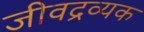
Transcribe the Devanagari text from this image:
जीवद्रव्यक